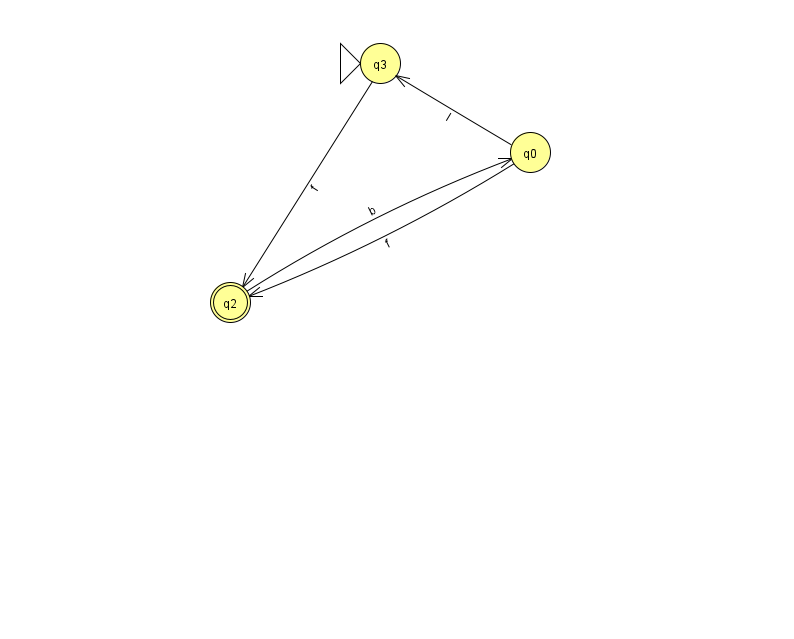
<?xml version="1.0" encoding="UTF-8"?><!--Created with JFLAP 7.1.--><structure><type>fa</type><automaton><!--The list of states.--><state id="0" name="q0"><x>530.0</x><y>139.0</y></state><state id="2" name="q2"><x>230.0</x><y>289.0</y><final/></state><state id="3" name="q3"><x>380.0</x><y>50.0</y><initial/></state><!--The list of transitions.--><transition><from>3</from><to>2</to><read>f</read></transition><transition><from>0</from><to>3</to><read>I</read></transition><transition><from>0</from><to>2</to><read>f</read></transition><transition><from>2</from><to>0</to><read>b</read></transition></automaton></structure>